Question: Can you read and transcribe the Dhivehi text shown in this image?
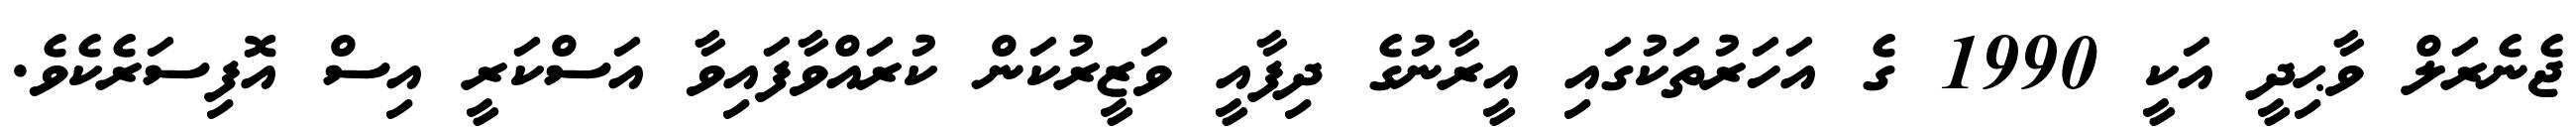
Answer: ޖެނެރަލް ވާޙިދީ އަކީ 1990 ގެ އަހަރުތަކުގައި އީރާނުގެ ދިފާއީ ވަޒީރުކަން ކުރައްވާފައިވާ އަސްކަރީ އިސް އޮފިސަރެކެވެ.